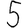
Digit: 5